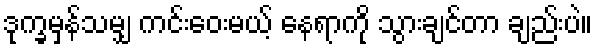
ဒုက္ခမှန်သမျှ ကင်းဝေးမယ့် နေရာကို သွားချင်တာ ချည်းပဲ။